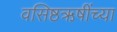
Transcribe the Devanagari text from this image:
वसिष्ठऋषींच्या